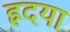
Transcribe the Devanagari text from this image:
ह्रदया